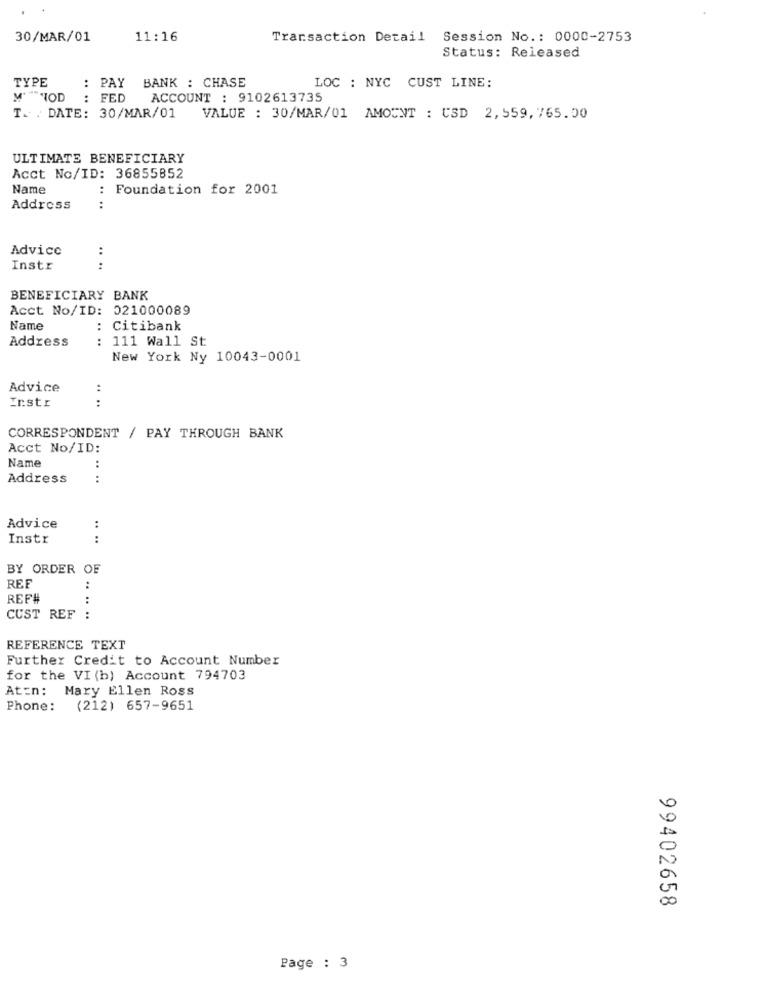
30/MAR/01
11:16
Transaction Detail Session No .: 0000-2753
Status: Released
TYPE
: PAY BANK : CHASE
LOC : NYC CUST LINE:
M HIOD
: FED
...
ACCOUNT : 9102613735
T. . DATE: 30/MAR/01
VALUE : 30/MAR/01 AMOUNT : USD 2,559,765.50
ULTIMATE BENEFICIARY
Acct No/ID: 36855852
Name
: Foundation for 2001
Address
:
Advice
:
Instr
:
BENEFICIARY BANK
Acct No/ID: 021000089
Name
: Citibank
Address
: 111 Wall St.
New York Ny 10043-0001
Advice
:
Instr
:
CORRESPONDENT / PAY THROUGH BANK
Acct No/ID:
Name
:
Address
:
Advice
:
Instr
. ..
BY ORDER OF
REF
:
REF#
:
CUST REF :
REFERENCE TEXT
Further Credit to Account Number
for the VI (b) Account 794703
Aton: Mary Ellen Ross
Phone: (212) 657-9651
99402658
Page : 3